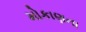
મોકાણના